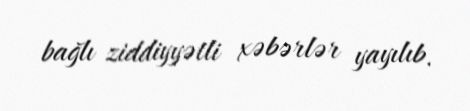
bağlı ziddiyyətli xəbərlər yayılıb.